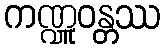
ကဏ္ဍူဝန္တဿ